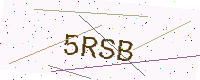
Text: 5RSB